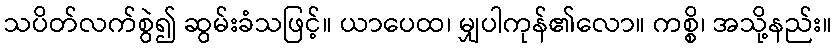
သပိတ်လက်စွဲ၍ ဆွမ်းခံသဖြင့်။ ယာပေထ၊ မျှပါကုန်၏လော။ ကစ္စိ၊ အသို့နည်း။